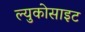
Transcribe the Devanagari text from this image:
ल्युकोसाइट